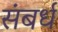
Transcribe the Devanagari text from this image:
संबर्ध